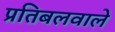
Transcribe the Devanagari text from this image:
प्रतिबलवाले